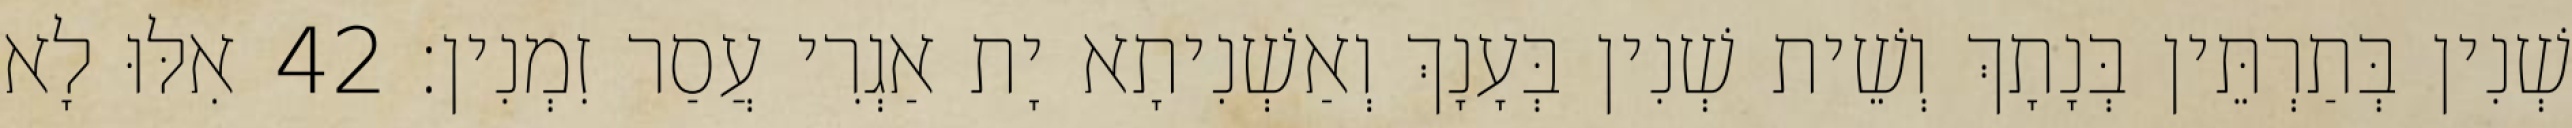
שְׁנִין בְּתַרְתֵּין בְּנָתָךְ וְשֵׁית שְׁנִין בְּעָנָךְ וְאַשְׁנִיתָא יָת אַגְרִי עֲסַר זִמְנִין׃ 42 אִלּוּ לָא